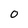
Character: 0